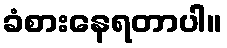
ခံစားနေရတာပါ။